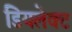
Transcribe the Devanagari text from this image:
डियलेक्ट